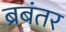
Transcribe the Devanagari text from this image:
ब्रबंतर